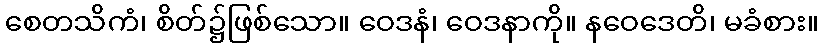
စေတသိကံ၊ စိတ်၌ဖြစ်သော။ ဝေဒနံ၊ ဝေဒနာကို။ နဝေဒေတိ၊ မခံစား။